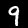
Label: 9